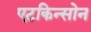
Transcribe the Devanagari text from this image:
एटकिन्सोन